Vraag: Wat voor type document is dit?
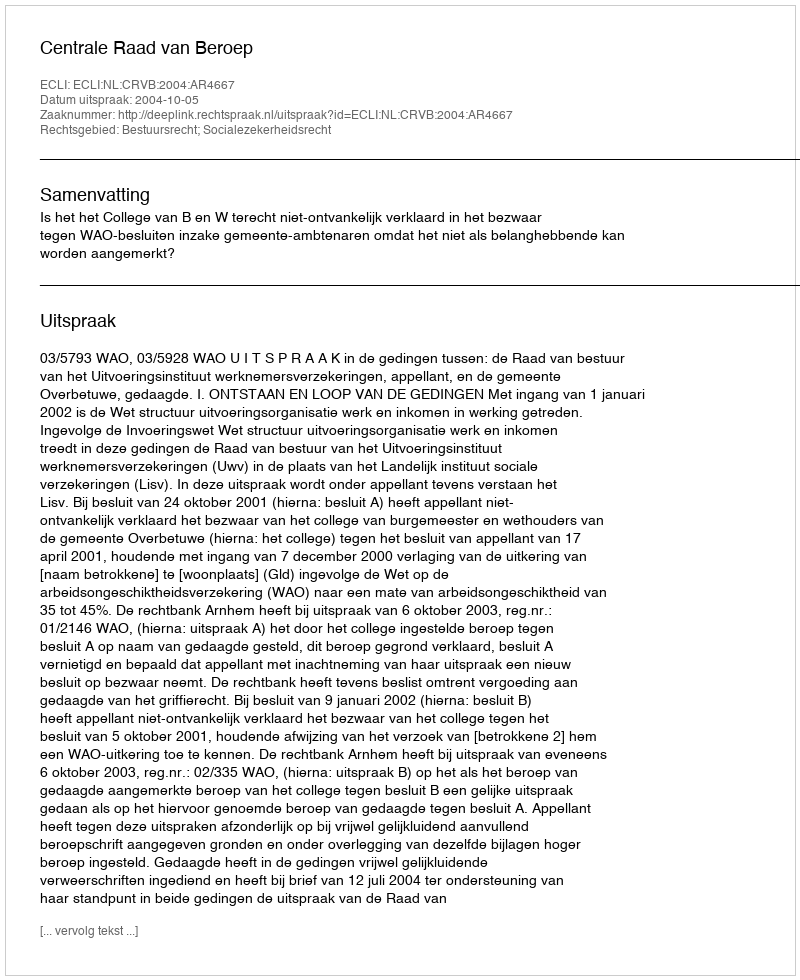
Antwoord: Uitspraak